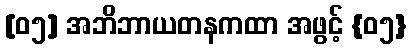
[၀၅] အဘိဘာယတနကထာ အဖွင့် {၀၅}